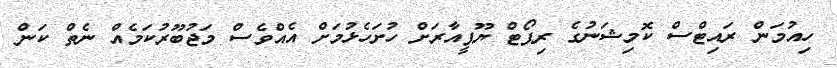
ހިއުމަން ރައިޓްސް ކޮމިޝަނުގެ ރިޕޯޓް ޔޫޕީއާރަށް ހުށަހެޅުމަށް އެއްވެސް މަޖުބޫރުކަމެއް ނެތް ކަން